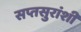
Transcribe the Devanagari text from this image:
सप्तसुरांशी